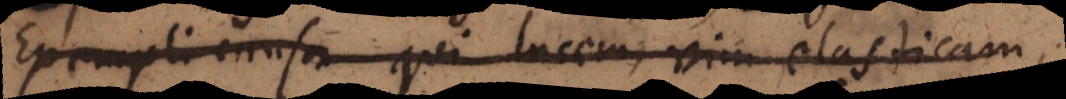
i causa, qui lucem, vim elasticam,